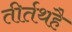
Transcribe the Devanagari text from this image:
तीर्तथहै